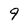
Character: 9